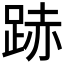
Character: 𨁯